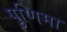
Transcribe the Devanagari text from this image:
पुणिमा